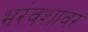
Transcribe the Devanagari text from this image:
भरंवशावर